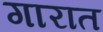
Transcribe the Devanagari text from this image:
गारात